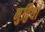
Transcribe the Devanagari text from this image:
मुट्ठियां